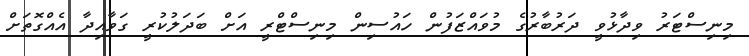
މިނިސްޓަރު ވިދާޅުވީ ދަރުބާރުގެ މުވައްޒަފުން ހައުސިން މިނިސްޓްރީ އަށް ބަދަލުކުރީ ގަވާއިދާ އެއްގޮތަށް